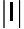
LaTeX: |\mathsf{I}|